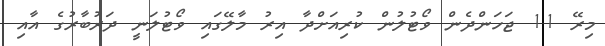
މިރޭ 11 ޖަހަންދެން ވޯޓުލުން ކުރިއަށްދާ އިރު މާލޭގައި ވޯޓުލަނީ ދަރުބާރުގެ އާއި